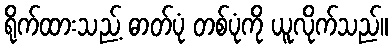
ရိုက်ထားသည့် ဓာတ်ပုံ တစ်ပုံကို ယူလိုက်သည်။